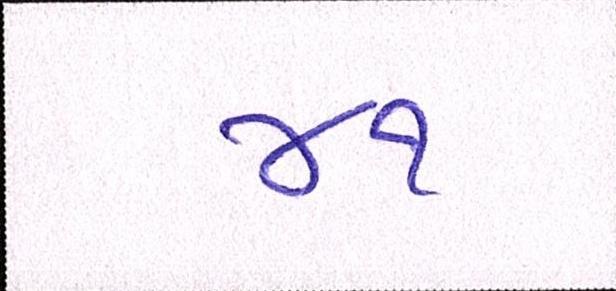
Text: ૪૧